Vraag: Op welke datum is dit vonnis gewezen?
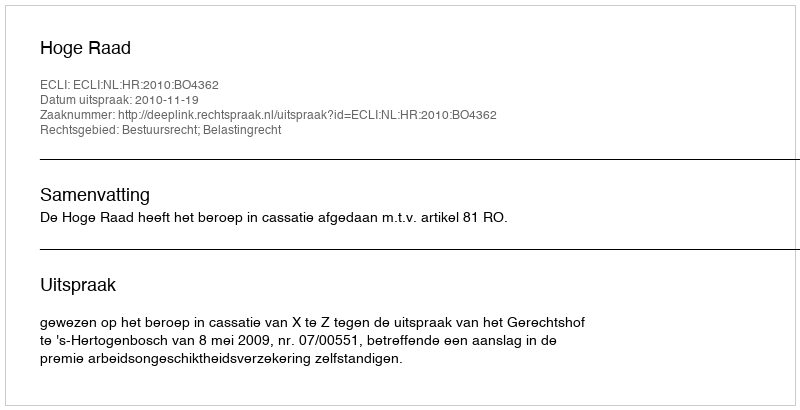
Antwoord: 2010-11-19